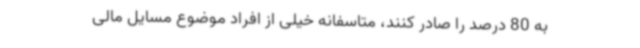
به 80 درصد را صادر کنند، متاسفانه خیلی از افراد موضوع مسایل مالی